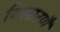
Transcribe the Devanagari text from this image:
विसारणै